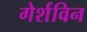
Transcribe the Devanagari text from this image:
गेर्शविन